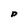
Character: P